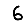
Digit: 6